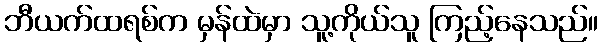
ဘီယက်ထရစ်က မှန်ထဲမှာ သူ့ကိုယ်သူ ကြည့်နေသည်။